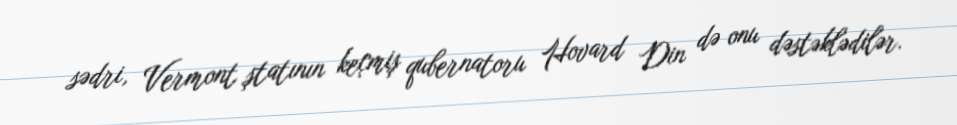
sədri, Vermont ştatının keçmiş qubernatoru Hovard Din də onu dəstəklədilər.